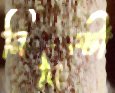
নিবিষ্টা